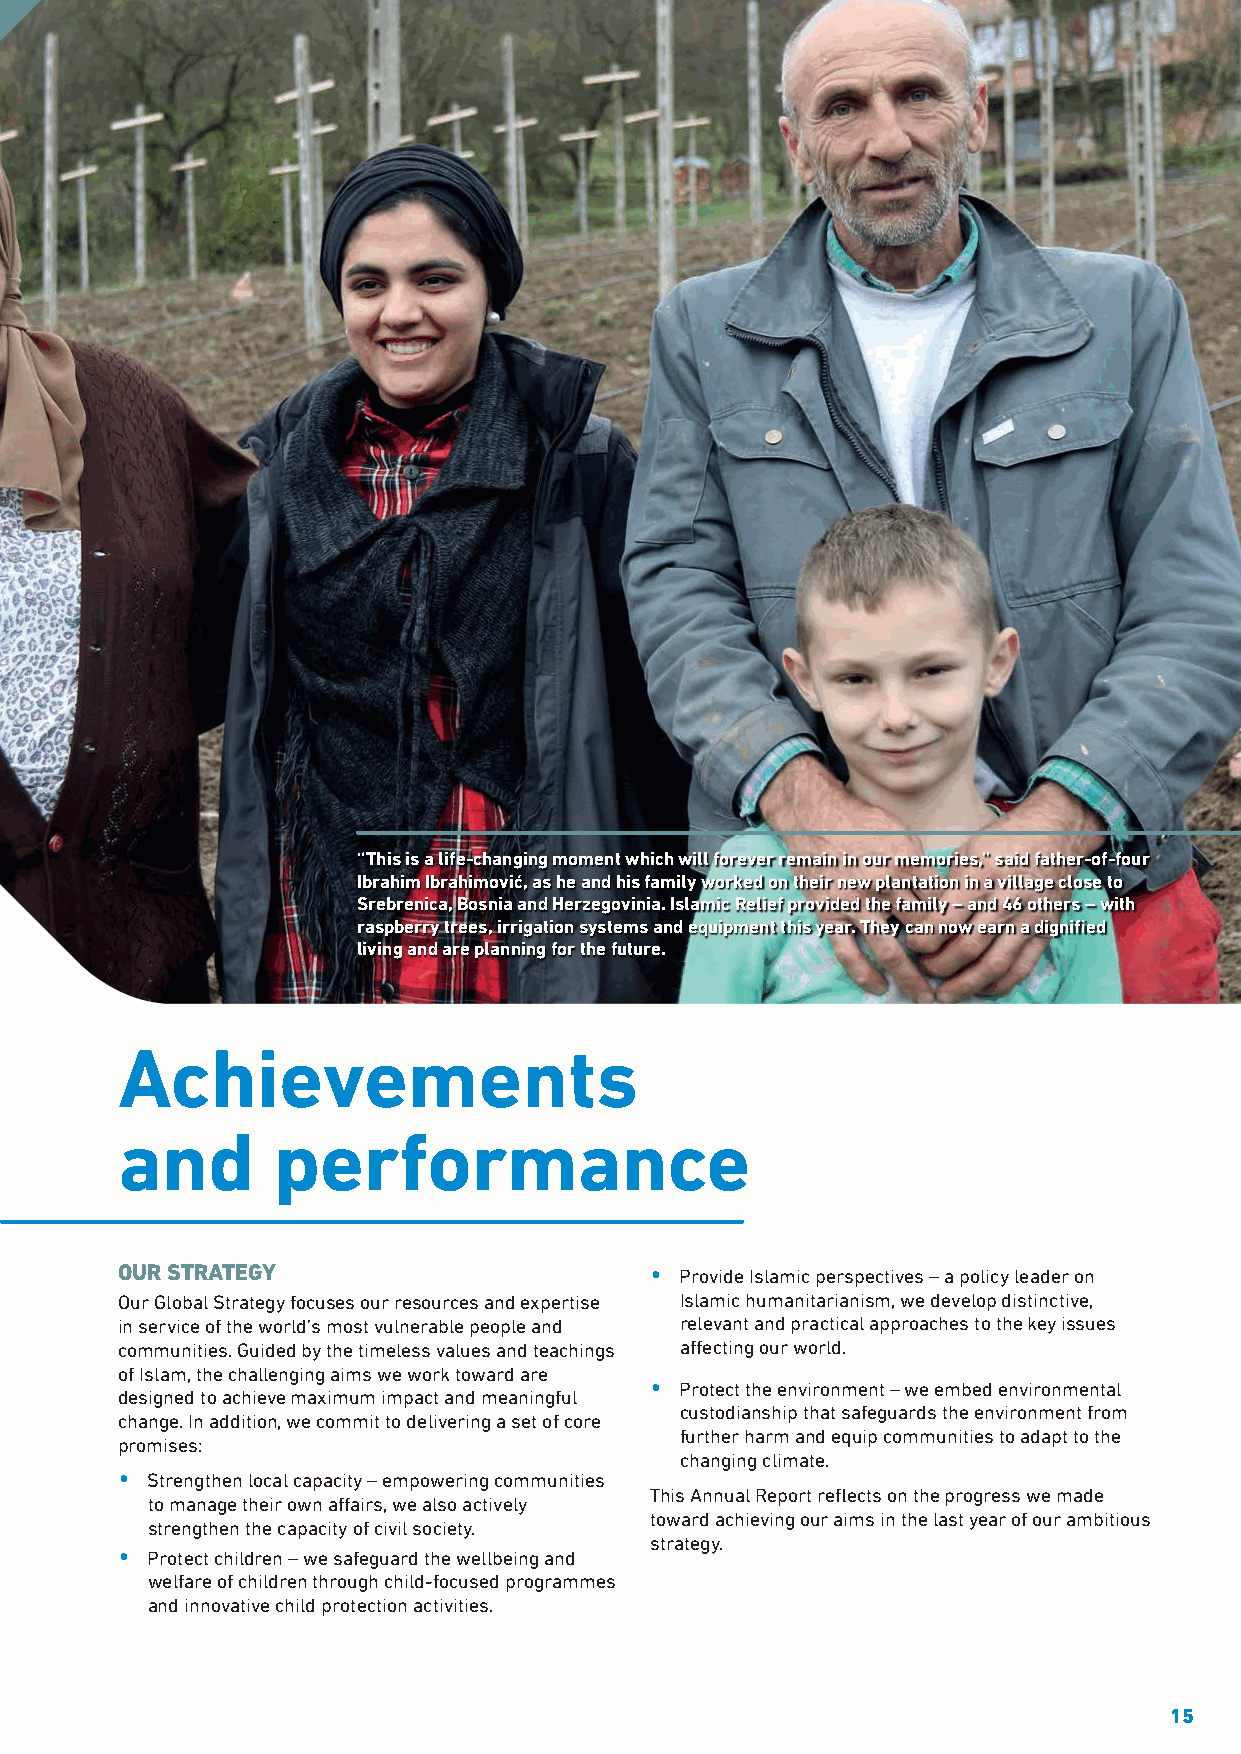
“This is a life-changing moment which will forever remain in our memories,” said father-of-four
 Ibrahim Ibrahimović, as he and his family worked on their new plantation in a village close to
 Srebrenica, Bosnia and Herzegovinia. Islamic Relief provided the family – and 46 others – with
 raspberry trees, irrigation systems and equipment this year. They can now earn a dignifi ed
 living and are planning for the future.
 Achievements
 and       performance
 OUR STRATEGY                       • Provide Islamic perspectives – a policy leader on
 Our Global Strategy focuses our resources and expertise Islamic humanitarianism, we develop distinctive,
 in service of the world’s most vulnerable people and relevant and practical approaches to the key issues
 communities. Guided by the timeless values and teachings aff ecting our world.
 of Islam, the challenging aims we work toward are
 • Protect the environment – we embed environmental
 designed to achieve maximum impact and meaningful
 custodianship that safeguards the environment from
 change. In addition, we commit to delivering a set of core
 further harm and equip communities to adapt to the
 promises:
 changing climate.
 • Strengthen local capacity – empowering communities
 This Annual Report refl ects on the progress we made
 to manage their own aff airs, we also actively
 toward achieving our aims in the last year of our ambitious
 strengthen the capacity of civil society.
 strategy.
 • Protect children – we safeguard the wellbeing and
 welfare of children through child-focused programmes
 and innovative child protection activities.
 15